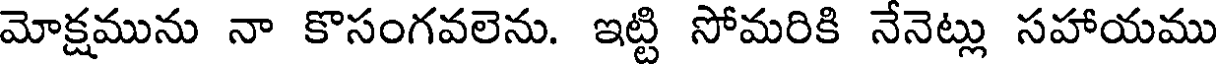
మోక్షమును నా కొసంగవలెను. ఇట్టి సోమరికి నేనెట్లు సహాయము